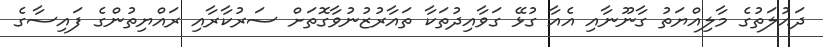
ދައުލަތުގެ މާލިއްޔަތު ގާނޫނާއި އެއާ ގުޅޭ ގަވާއިދުތަކާ ތައާރުޒުނުވާގޮތަށް ސަރުކާރާއި ރައްޔިތުންގެ ފައިސާގެ